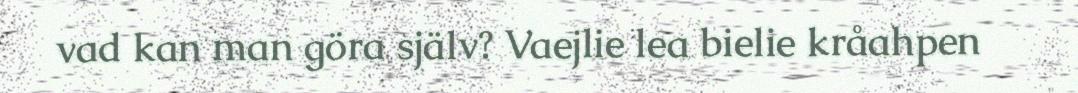
vad kan man göra själv? Vaejlie lea bielie kråahpen